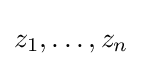
z_{1},\dots ,z_{n}